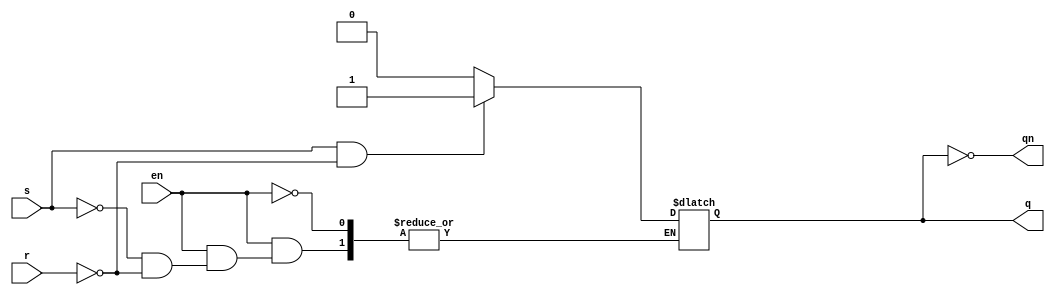
module srlatch(input en,s,r, output reg  q, qn);
assign qn= ~q;
always@(*)begin
if(en)
begin
 if(s==0 && r==0)    
   q<=q;

else if(s==1 && r==0)
    q<=1;

else if (s==0 && r==1)
     q<=0;

else 
  q=1'bx;
end

else 
  q<=q;

end
endmodule
module srlatch_tb;

reg en,s,r;
wire q,qn;

srlatch sr(en,s,r,q,qn);

initial 
begin 

en=0; s=0; r=0; #10
en=0; s=0; r=1; #10
en=0; s=1; r=0; #10
en=0; s=1; r=1; 


en=1; s=0; r=0; #10
en=1; s=0; r=1; #10
en=1; s=1; r=0; #10
en=1; s=1; r=1;

end
 endmodule